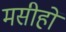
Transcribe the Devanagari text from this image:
मसीहों